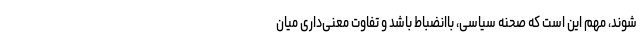
شوند، مهم این است که صحنه سیاسی، باانضباط باشد و تفاوت معنی‌داری میان